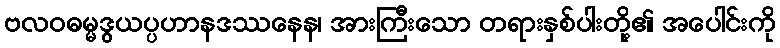
ဗလဝဓမ္မဒွယပ္ပဟာနဒဿနေန၊ အားကြီးသော တရားနှစ်ပါးတို့၏ အပေါင်းကို